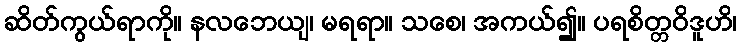
ဆိတ်ကွယ်ရာကို။ နလဘေယျ၊ မရရာ။ သစေ၊ အကယ်၍။ ပရစိတ္တဝိဒူဟိ၊